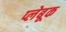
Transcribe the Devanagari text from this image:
प्लेबूक